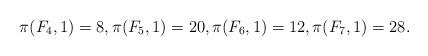
LaTeX: \begin{align*}\pi(F_4,1)=8, \pi(F_5,1)=20,\pi(F_6,1)=12, \pi(F_7,1)=28.\end{align*}